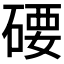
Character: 𥔖